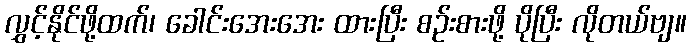
လွှင့်နိုင်ဖို့ထက်၊ ခေါင်းအေးအေး ထားပြီး စဉ်းစားဖို့ ပိုပြီး လိုတယ်ဗျ။